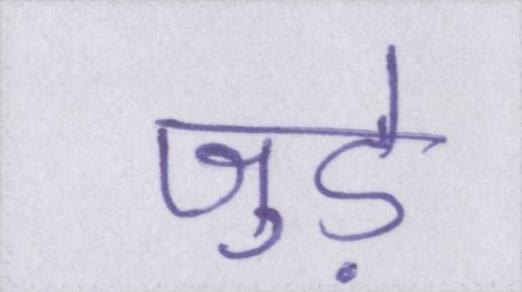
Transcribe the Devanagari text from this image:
जुडे़